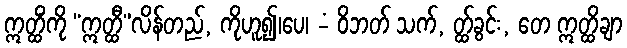
ဣတ္ထိံကို “ဣတ္ထီ”လိန်တည်, ကိုဟူ၍၊ပေ၊ -ံ ဝိဘတ် သက်, တ္ထ်ခွင်း, တေ ဣတ္ထိချာ